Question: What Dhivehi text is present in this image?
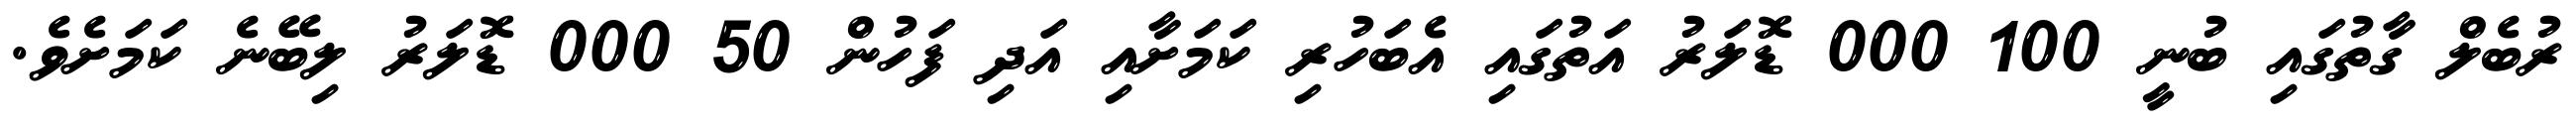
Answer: ރުބެލް ގާތުގައި ބުނީ 100 000 ޑޮލަރު އަތުގައި އެބަހުރި ކަމަށާއި އަދި ފަހުން 50 000 ޑޮލަރު ލިބޭނެ ކަމަށެވެ.